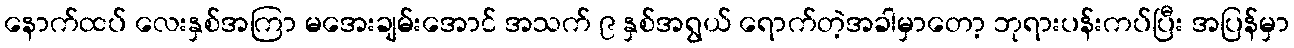
နောက်ထပ် လေးနှစ်အကြာ မအေးချမ်းအောင် အသက် ၉ နှစ်အရွယ် ရောက်တဲ့အခါမှာတော့ ဘုရားပန်းကပ်ပြီး အပြန်မှာ